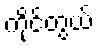
ကိုင်တွယ်